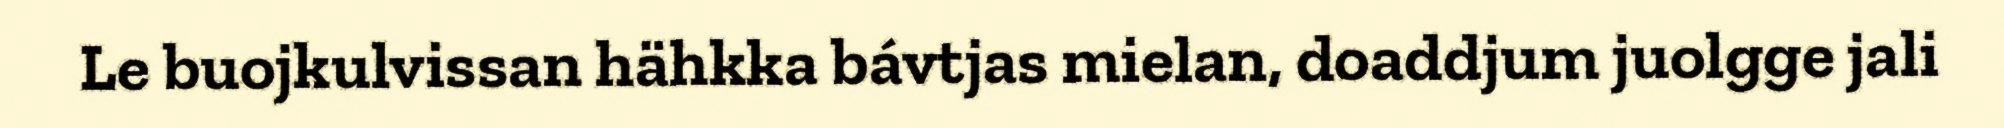
Le buojkulvissan hähkka bávtjas mielan, doaddjum juolgge jali